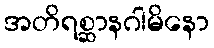
အတိရစ္ဆာနဂါမိနော